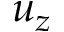
u _ { z }